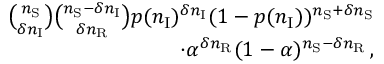
\begin{array} { r } { \binom { n _ { \mathrm { S } } } { \delta n _ { \mathrm { I } } } \binom { n _ { \mathrm { S } } - \delta n _ { \mathrm { I } } } { \delta n _ { \mathrm { R } } } p ( n _ { \mathrm { I } } ) ^ { \delta n _ { \mathrm { I } } } ( 1 - p ( n _ { \mathrm { I } } ) ) ^ { n _ { \mathrm { S } } + \delta n _ { \mathrm { S } } } } \\ { \cdot \alpha ^ { \delta n _ { \mathrm { R } } } ( 1 - \alpha ) ^ { n _ { \mathrm { S } } - \delta n _ { \mathrm { R } } } \, , } \end{array}